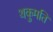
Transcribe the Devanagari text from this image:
थकुमति